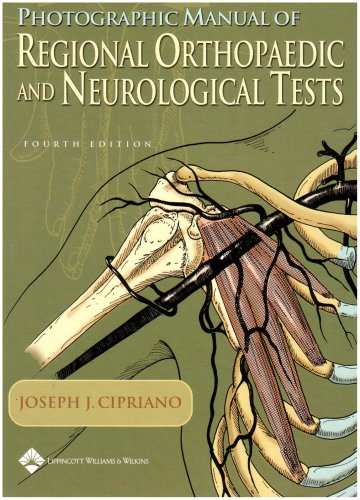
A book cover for Photographic Manual of Regional Orthopaedic and Neurological Tests; Joseph Cipriano; Medical Books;